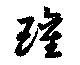
瓘